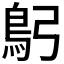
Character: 𩾫